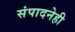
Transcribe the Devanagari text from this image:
संपादनेही